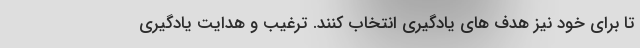
تا برای خود نیز هدف های یادگیری انتخاب کنند. ترغیب و هدایت یادگیری